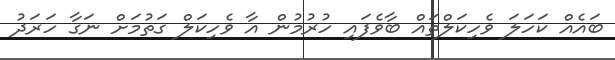
ބައެއް ކަހަލަ ވެހިކަލްތައް ބާވެފައި ހުރުމުން އާ ވެހިކަލް ގަތުމަށް ނަގާ ހަރަދު